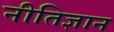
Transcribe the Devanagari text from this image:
नीतिज्ञान